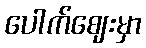
ပေါက်ဈေးမှာ